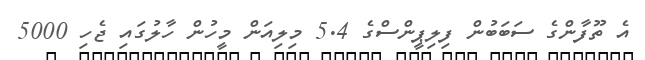
އެ ތޫފާންގެ ސަބަބުން ފިލިޕީންސްގެ 5.4 މިލިއަން މީހުން ހާލުގައި ޖެހި 5000